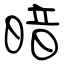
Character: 暗